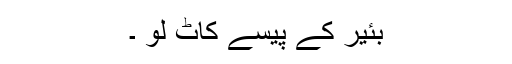
بئیر کے پیسے کاٹ لو ۔